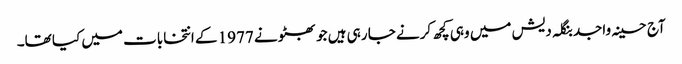
آج حسینہ واجد بنگلہ دیش میں وہی کچھ کرنے جا رہی ہیں جو بھٹو نے 1977 کے انتخابات میں کیا تھا۔